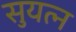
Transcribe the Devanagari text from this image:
सुयत्न